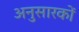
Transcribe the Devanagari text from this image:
अनुसारकों